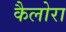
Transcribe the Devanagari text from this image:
कैलोरा